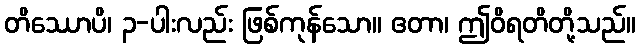
တိဿောပိ၊ ၃-ပါးလည်း ဖြစ်ကုန်သော။ ဧတာ၊ ဤဝိရတိတို့သည်။